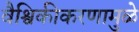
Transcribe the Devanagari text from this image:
वैश्विकीकरणामुळे